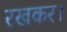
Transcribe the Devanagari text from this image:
रखकर।